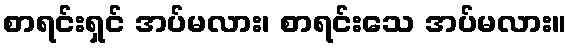
စာရင်းရှင် အပ်မလား၊ စာရင်းသေ အပ်မလား။